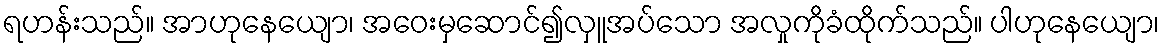
ရဟန်းသည်။ အာဟုနေယျော၊ အဝေးမှဆောင်၍လှူအပ်သော အလှုကိုခံထိုက်သည်။ ပါဟုနေယျော၊